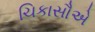
ચિકાસૌએ